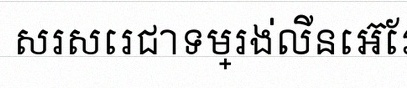
សរសេរជាទម្រង់លីនេអ៊ែរ